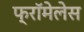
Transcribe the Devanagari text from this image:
फ्रॉमेलेस